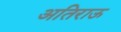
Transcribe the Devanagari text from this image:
अतिराऊ